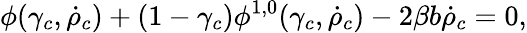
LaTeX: \phi(\gamma_{c},\dot{\rho}_{c})+(1-\gamma_{c})\phi^{1,0}(\gamma_{c},\dot{\rho}_{c})-2\beta b\dot{\rho}_{c}=0,